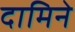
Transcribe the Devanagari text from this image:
दामिने